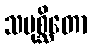
သမုစ္ဆိတော